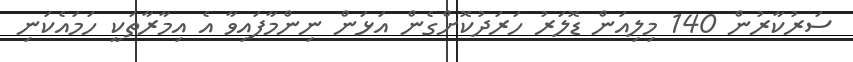
ސަރުކާރުން 140 މިލިއަން ޑޮލަރު ހަރަދުކޮށްގެން އަޅަން ނިންމާފައިވާ އެ އިމާރާތަކީ ހަމައެކަނި